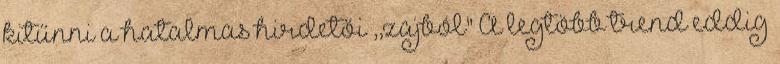
kitűnni a hatalmas hirdetői ,,zajból" A legtöbb trend eddig